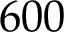
6 0 0